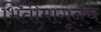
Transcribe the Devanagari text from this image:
भिंतीमागूनच